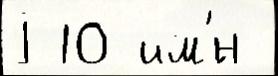
j 10 им'́н